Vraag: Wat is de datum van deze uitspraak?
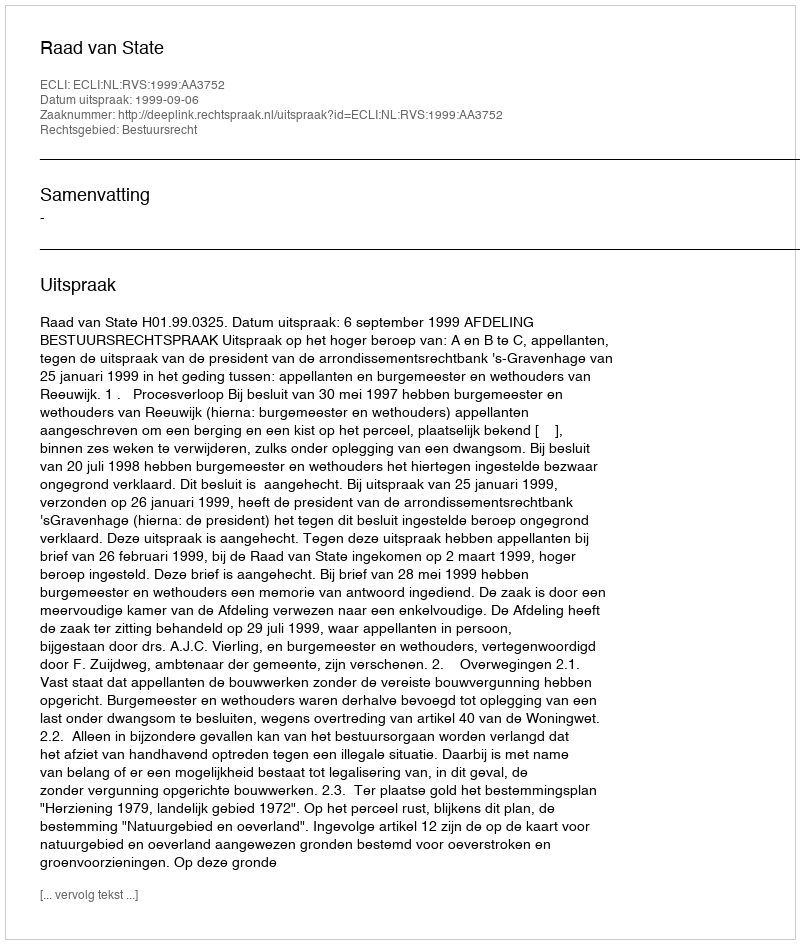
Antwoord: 1999-09-06